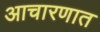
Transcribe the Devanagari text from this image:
आचारणात